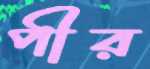
পীর